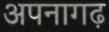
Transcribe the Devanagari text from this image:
अपनागढ़